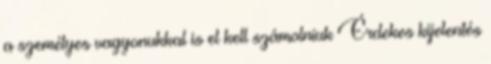
a személyes vagyonukkal is el kell számolniuk Érdekes kijelentés